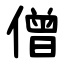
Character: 僧